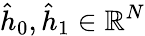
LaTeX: \hat{h}_{0},\hat{h}_{1}\in\mathbb{R}^{N}